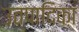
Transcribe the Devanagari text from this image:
उत्पादिका